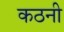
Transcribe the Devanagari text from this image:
कठनी